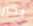
بخير